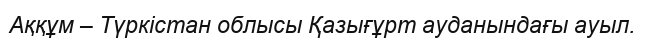
Аққұм – Түркістан облысы Қазығұрт ауданындағы ауыл.